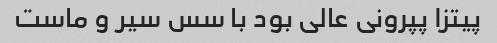
پیتزا پپرونی عالی بود با سس سیر و ماست